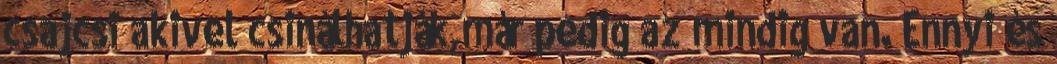
csajcsi akivel csinálhatják,már pedig az mindig van. Ennyi és